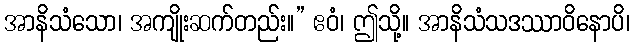
အာနိသံသော၊ အကျိုးဆက်တည်း။” ဧဝံ၊ ဤသို့။ အာနိသံသဒဿာဝိနောပိ၊